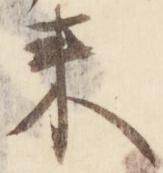
来